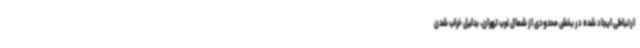
ارتباطی ایجاد شده در بخش محدودی از شمال غرب تهران، بدلیل خراب شدن